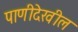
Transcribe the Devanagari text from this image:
पाणीदेखील